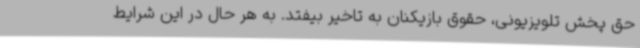
حق پخش تلویزیونی، حقوق بازیکنان به تاخیر بیفتد. به هر حال در این شرایط